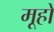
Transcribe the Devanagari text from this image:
मूहों